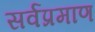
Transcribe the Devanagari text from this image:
सर्वप्रमाण